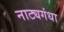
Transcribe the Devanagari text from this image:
नाट्यगंधा